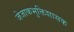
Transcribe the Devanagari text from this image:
जेजाकभुक्तिशासक